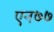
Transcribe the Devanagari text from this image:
एन७७